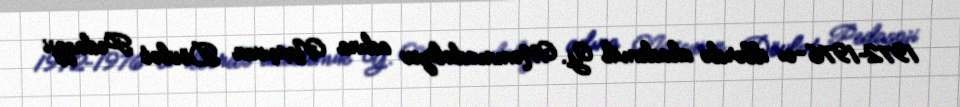
1972–1976-cı illərdə akademik Y. Məmmədəliyev adına Naxçıvan Dövlət Pedaqoji